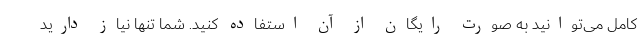
کامل می‌توانید به صورت رایگان از آن استفاده کنید. شما تنها نیاز دارید